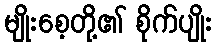
မျိုးစေ့တို့၏ စိုက်ပျိုး